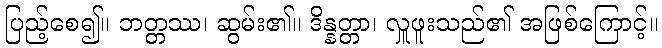
ပြည့်စေ၍။ ဘတ္တဿ၊ ဆွမ်း၏။ ဒိန္နတ္တာ၊ လှူဖူးသည်၏ အဖြစ်ကြောင့်။